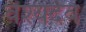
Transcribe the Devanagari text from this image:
वैश्यदेव